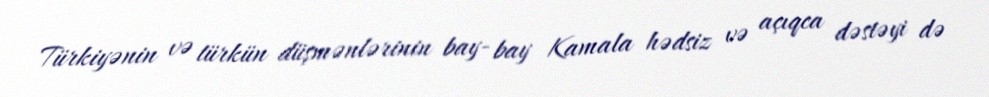
Türkiyənin və türkün düşmənlərinin bay- bay Kamala hədsiz və açıqca dəstəyi də